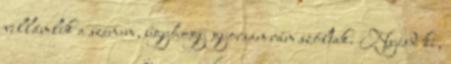
villámlik a szemem, úgyhogy gyorsan rám szóltak. Nyisd ki,